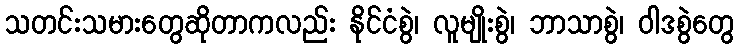
သတင်းသမားတွေဆိုတာကလည်း နိုင်ငံစွဲ၊ လူမျိုးစွဲ၊ ဘာသာစွဲ၊ ဝါဒစွဲတွေ